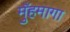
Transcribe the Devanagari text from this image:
मुँहमागा